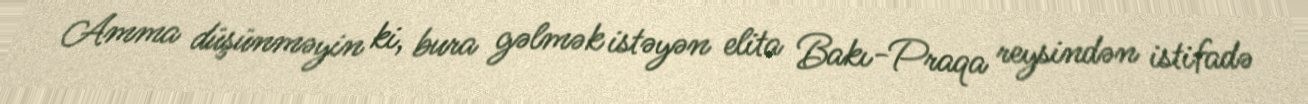
Amma düşünməyin ki, bura gəlmək istəyən elita Bakı-Praqa reysindən istifadə